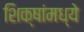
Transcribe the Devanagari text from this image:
शिक्षांमध्ये